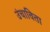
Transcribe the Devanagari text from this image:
उंचाविता